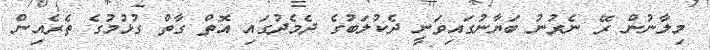
މިލާނުން ރޭ ނެރުނު ބަޔާނުގައިވަނީ ދެކުލަބުގެ ދެމެދުގައި އޮތް ގާތް ގުޅުމުގެ ތެރެއިން